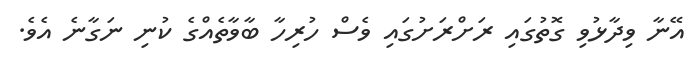
އޭނާ ވިދާޅުވި ގޮތުގައި ރަށްރަށުގައި ވެސް ހުރިހާ ބާވާތެއްގެ ކުނި ނަގާނެ އެވެ.